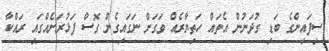
ސިފައިންގެ ބަޑި ގުދަނުން އެތައް ހަތިޔާރެއް ވަގަށް ނަގައިގެން ގޮސް ފަޅުރަށެއްގައި ރައްކާ